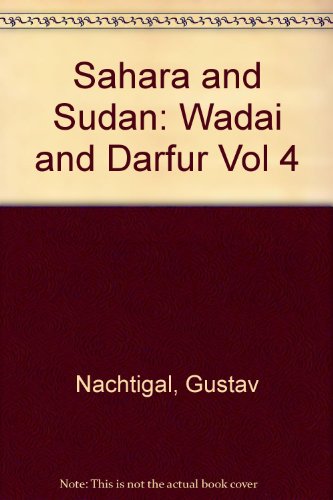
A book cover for Sahara and Sudan: Wadai and Darfur v.4 (Vol 4); Gustav Nachtigal; Travel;